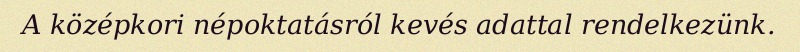
A középkori népoktatásról kevés adattal rendelkezünk.